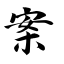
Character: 案